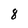
Character: 8